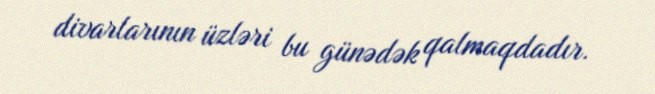
divarlarının üzləri bu günədək qalmaqdadır.